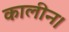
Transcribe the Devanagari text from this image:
कालीन।